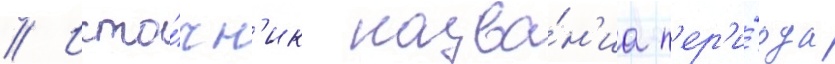
// Исто́чн'ик назва́н'иа п'ер'и́ода